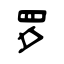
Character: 罗